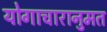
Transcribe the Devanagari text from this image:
योगाचारानुमत